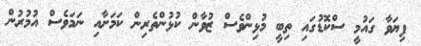
ފިޔަވާ ގައުމީ ސްކޮޑުގައި ތިބީ މުޅިންވެސް ޒުވާން ކުޅުންތެރިން ކަމަށާއި ނަމަވެސް އުމުރުން